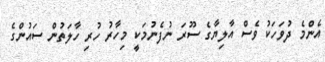
އެންމެ ދުވަހަކު ވެސް އާލިޔާގެ ސޫރަ ނުފެނުމަކީ މިހާރު ހުރި ހާލަތުން ސައުންގެ